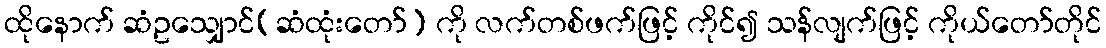
ထိုနောက် ဆံဥသျှောင်(ဆံထုံးတော်) ကို လက်တစ်ဖက်ဖြင့် ကိုင်၍ သန်လျက်ဖြင့် ကိုယ်တော်တိုင်